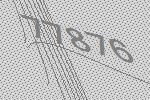
77876